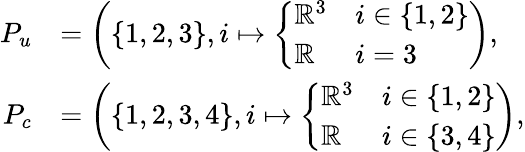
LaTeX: \begin{array}{rl}{P_{u}}&{=\left(\{ 1,2,3\} ,i\mapsto\left\{ \begin{array}{ll}{\mathbb{R}^{3}}&{i\in\{ 1,2\} }\\ {\mathbb{R}}&{i=3}\end{array}\right.\right),}\\ {P_{c}}&{=\left(\{ 1,2,3,4\} ,i\mapsto\left\{ \begin{array}{ll}{\mathbb{R}^{3}}&{i\in\{ 1,2\} }\\ {\mathbb{R}}&{i\in\{ 3,4\} }\end{array}\right.\right),}\end{array}